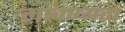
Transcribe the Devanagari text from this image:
लावण्‍यता